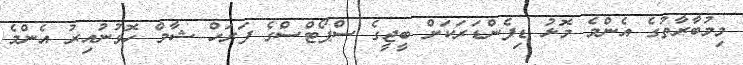
މިމުބާރާތުގެ އެންމެ މޮޅު ޑިފެންޑަރަކަށް ބީޖީގެ ސްޕޯޓްސްގެ ފަރަހް ޝާމް ހޮވުނުއިރު އެންމެ